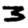
Digit: 3